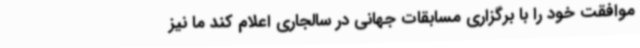
موافقت خود را با برگزاری مسابقات جهانی در سالجاری اعلام کند ما نیز